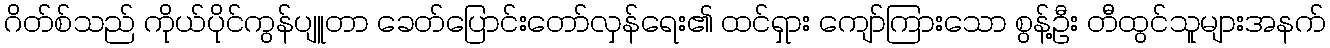
ဂိတ်စ်သည် ကိုယ်ပိုင်ကွန်ပျူတာ ခေတ်ပြောင်းတော်လှန်ရေး၏ ထင်ရှား ကျော်ကြားသော စွန့်ဦး တီထွင်သူများအနက်